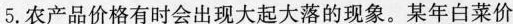
5. 农产品价格有时会出现大起大落的现象。某年白菜价